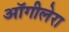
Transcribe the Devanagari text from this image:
ऑगीलेरा